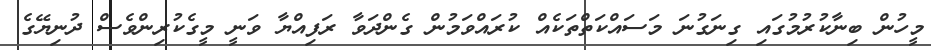
މީހުން ބިނާކުރުމުގައި ގިނަގުނަ މަސައްކަތްތަކެއް ކުރައްވަމުން ގެންދަވާ ރަފިއްޔާ ވަނީ މީގެކުރިންވެސް ދުނިޔޭގެ